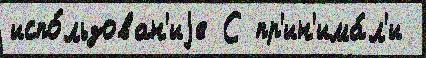
испо́льзован'иjе С пр'ин'има́л'и